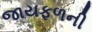
જાયફળની